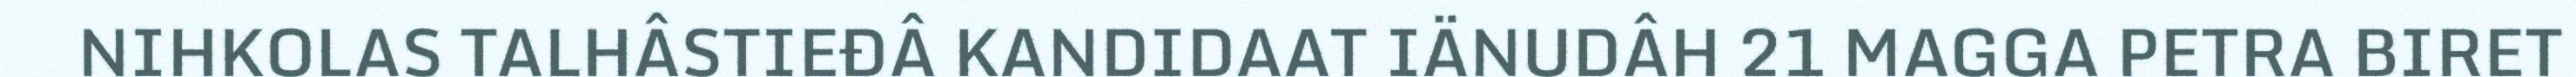
NIHKOLAS TALHÂSTIEĐÂ KANDIDAAT IÄNUDÂH 21 MAGGA PETRA BIRET